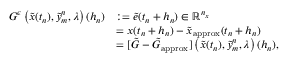
\begin{array} { r l } { G ^ { \epsilon } \left( \tilde { x } ( t _ { n } ) , \tilde { y } _ { m } ^ { n } , \lambda \right) ( h _ { n } ) } & { : = \tilde { e } ( t _ { n } + h _ { n } ) \in \mathbb { R } ^ { n _ { x } } } \\ & { = x ( t _ { n } + h _ { n } ) - \tilde { x } _ { \mathrm { a p p r o x } } ( t _ { n } + h _ { n } ) } \\ & { = [ \tilde { G } - \tilde { G } _ { \mathrm { a p p r o x } } ] \left( \tilde { x } ( t _ { n } ) , \tilde { y } _ { m } ^ { n } , \lambda \right) ( h _ { n } ) , } \end{array}